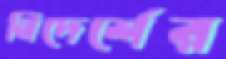
নিদের্শের